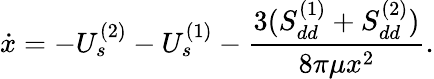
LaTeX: \dot{x}=-U_{s}^{(2)}-U_{s}^{(1)}-\frac{3(S_{dd}^{(1)}+S_{dd}^{(2)})}{8\pi\mu x^{2}}.